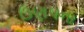
ઉણપના